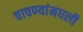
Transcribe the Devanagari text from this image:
चाचण्यांमधली